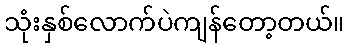
သုံးနှစ်လောက်ပဲကျန်တော့တယ်။